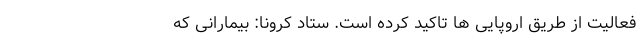
فعالیت از طریق اروپایی ها تاکید کرده است. ستاد کرونا: بیمارانی که